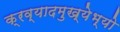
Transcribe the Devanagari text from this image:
क्रव्यादमुख्येभ्यो